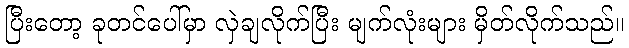
ပြီးတော့ ခုတင်ပေါ်မှာ လှဲချလိုက်ပြီး မျက်လုံးများ မှိတ်လိုက်သည်။